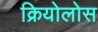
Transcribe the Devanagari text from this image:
क्रियोलोस